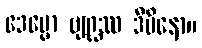
ဒေပ္ပော ဗျဂ္ဃဿ ဒီပိနော။